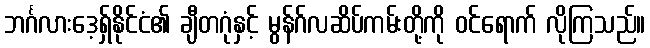
ဘင်္ဂလားဒေ့ရှ်နိုင်ငံ၏ ချီတဂုံနှင့် မွန်ဂ်လဆိပ်ကမ်းတို့ကို ဝင်ရောက် လိုကြသည်။